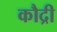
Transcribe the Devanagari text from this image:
कौद्री